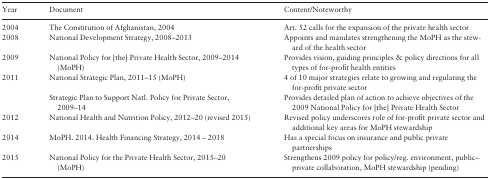
<table><thead><tr><td><b>Year</b></td><td><b>Document</b></td><td><b>Content/Noteworthy</b></td></tr></thead><tbody><tr><td>2004</td><td>The Constitution of Afghanistan, 2004</td><td>Art. 52 calls for the expansion of the private health sector</td></tr><tr><td>2008</td><td>National Development Strategy, 2008–2013</td><td>Appoints and mandates strengthening the MoPH as the steward of the health sector</td></tr><tr><td>2009</td><td>National Policy for [the] Private Health Sector, 2009–2014 (MoPH)</td><td>Provides vision, guiding principles &amp; policy directions for all types of for-profit health entities</td></tr><tr><td rowspan="2">2011</td><td>National Strategic Plan, 2011–15 (MoPH)</td><td>4 of 10 major strategies relate to growing and regulating the for-profit private sector</td></tr><tr><td>Strategic Plan to Support Natl. Policy for Private Sector, 2009–14</td><td>Provides detailed plan of action to achieve objectives of the 2009 National Policy for [the] Private Health Sector</td></tr><tr><td>2012</td><td>National Health and Nutrition Policy, 2012–20 (revised 2015)</td><td>Revised policy underscores role of for-profit private sector and additional key areas for MoPH stewardship</td></tr><tr><td>2014</td><td>MoPH. 2014. Health Financing Strategy, 2014 – 2018</td><td>Has a special focus on insurance and public private partnerships</td></tr><tr><td>2015</td><td>National Policy for the Private Health Sector, 2015–20 (MoPH)</td><td>Strengthens 2009 policy for policy/reg. environment, public–private collaboration, MoPH stewardship (pending)</td></tr></tbody></table>